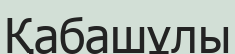
Қабашұлы